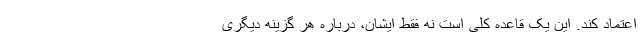
اعتماد کند. این یک قاعده کلی است نه فقط ایشان، درباره هر گزینه دیگری